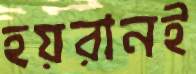
হয়রানই